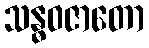
သန္ဓဝဇာတော